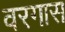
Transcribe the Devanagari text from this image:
वरगास